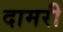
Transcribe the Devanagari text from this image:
दामरी